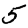
Digit: 5